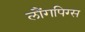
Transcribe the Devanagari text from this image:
लौंगपिग्स